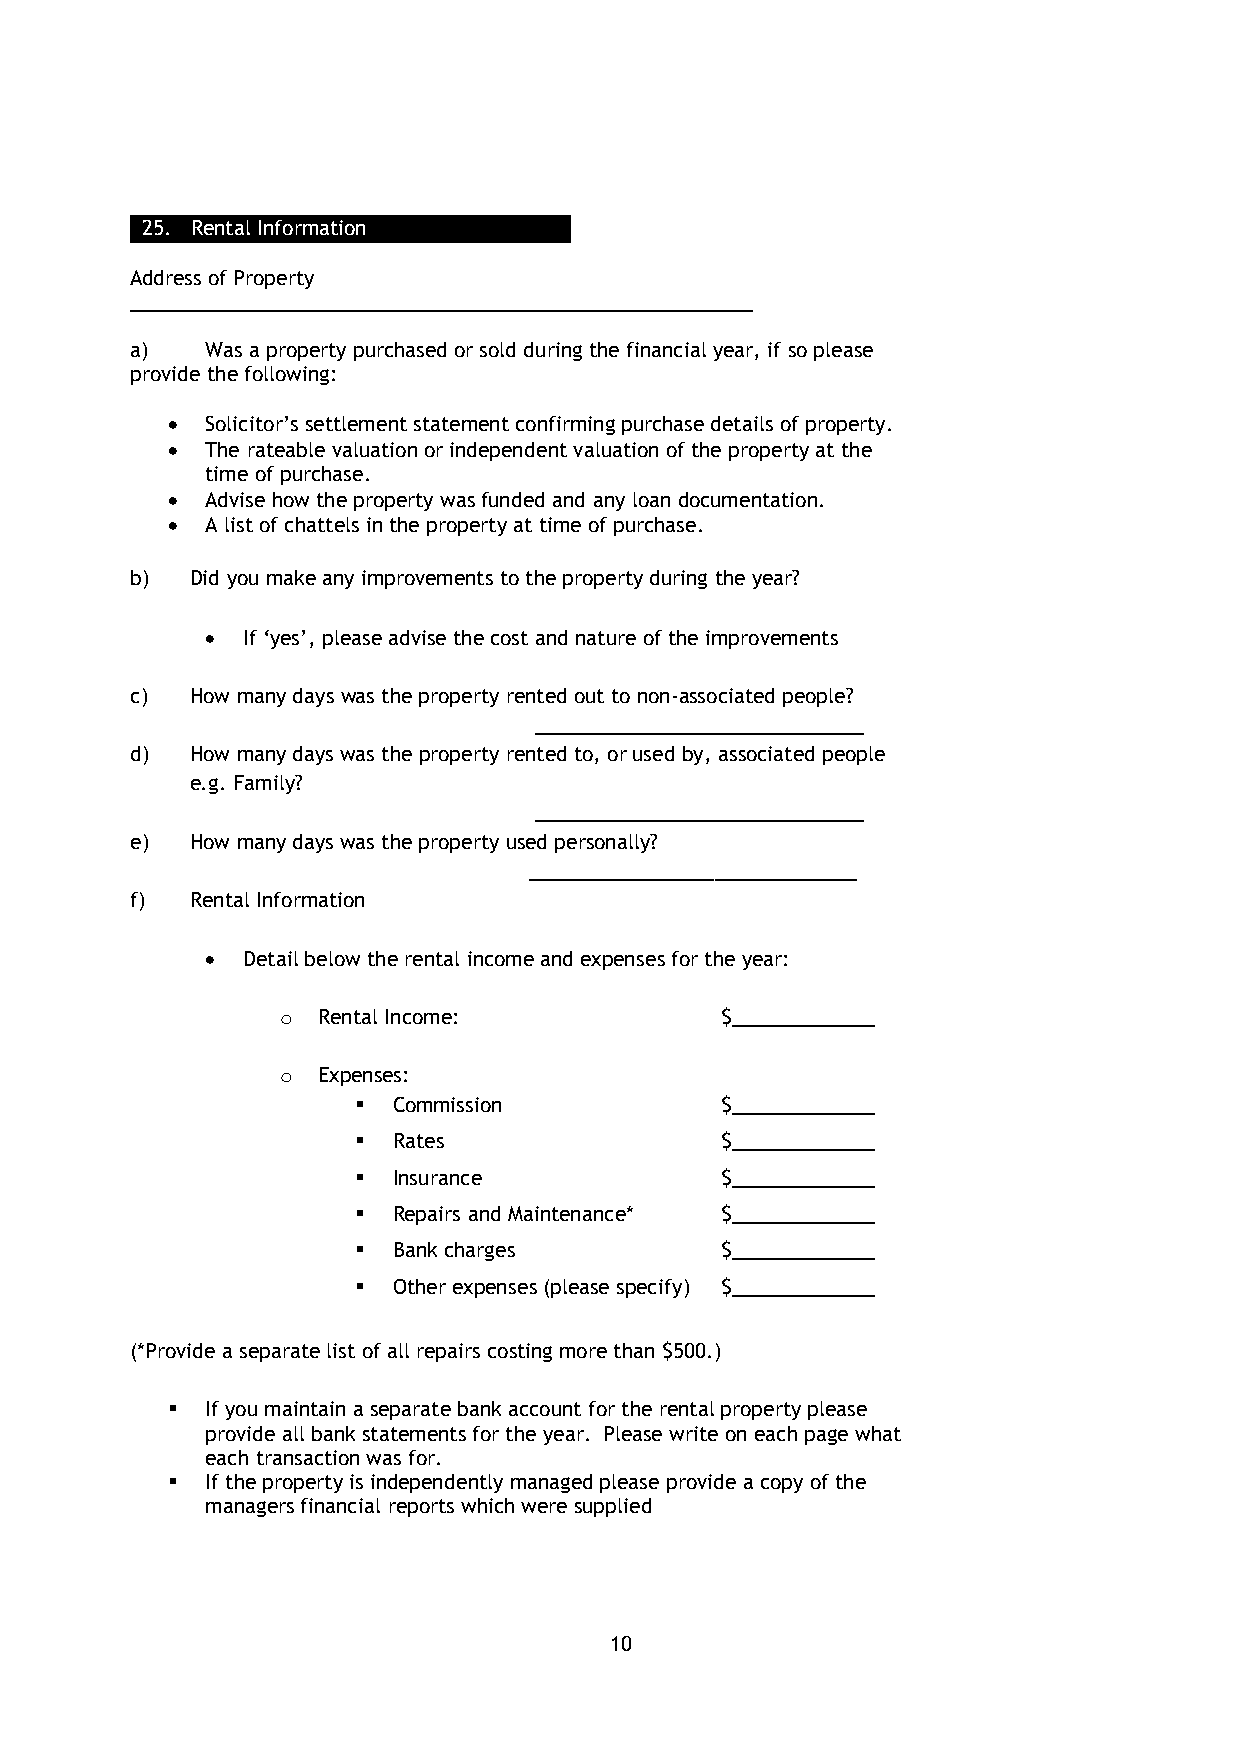
25. Rental Information
 Address of Property
 _________________________________________________________
 a)   Was a property purchased or sold during the financial year, if so please
 provide the following:
   Solicitor’s settlement statement confirming purchase details of property.
   The rateable valuation or independent valuation of the property at the
 time of purchase.
   Advise how the property was funded and any loan documentation.
   A list of chattels in the property at time of purchase.
 b)  Did you make any improvements to the property during the year?
  If ‘yes’, please advise the cost and nature of the improvements
 c)  How many days was the property rented out to non-associated people?
 ______________________________
 d)  How many days was the property rented to, or used by, associated people
 e.g. Family?
 ______________________________
 e)  How many days was the property used personally?
 ______________________________
 f)  Rental Information
  Detail below the rental income and expenses for the year:
 o Rental Income:             $_____________
 o Expenses:
  Commission            $_____________
  Rates                 $_____________
  Insurance             $_____________
  Repairs and Maintenance* $_____________
  Bank charges          $_____________
  Other expenses (please specify) $_____________
 (*Provide a separate list of all repairs costing more than $500.)
   If you maintain a separate bank account for the rental property please
 provide all bank statements for the year. Please write on each page what
 each transaction was for.
   If the property is independently managed please provide a copy of the
 managers financial reports which were supplied
 10